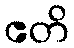
ဧတိ